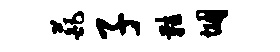
葩子鞋悃